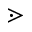
\gtrdot